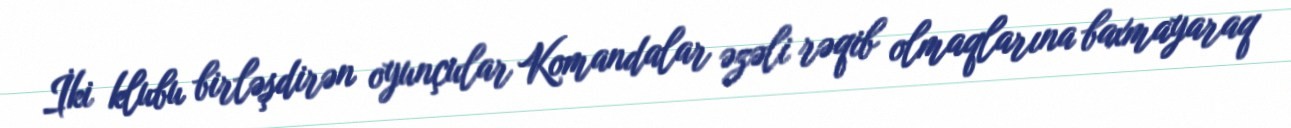
İki klubu birləşdirən oyunçular Komandalar əzəli rəqib olmaqlarına baxmayaraq